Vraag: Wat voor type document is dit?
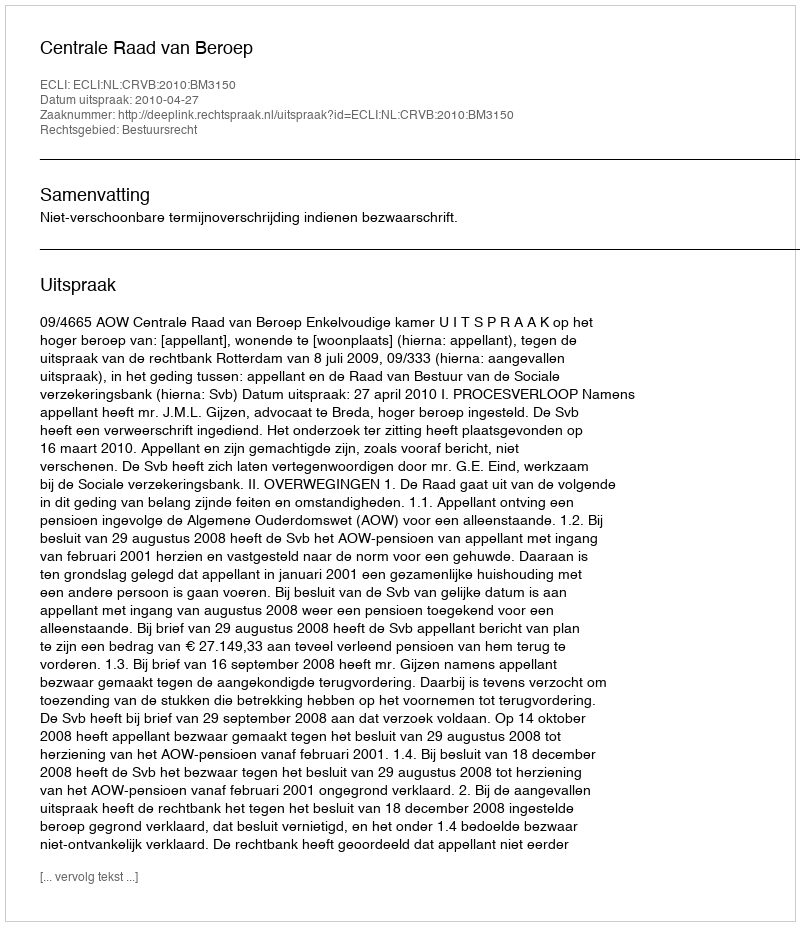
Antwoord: Uitspraak